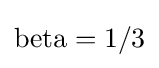
{\text{beta}}=1/3